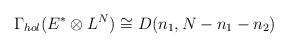
LaTeX: \begin{align*}\Gamma_{hol}(E^* \otimes L^N) \cong D(n_1,N-n_1-n_2)\end{align*}